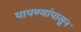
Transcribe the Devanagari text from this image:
पापण्यांपासून